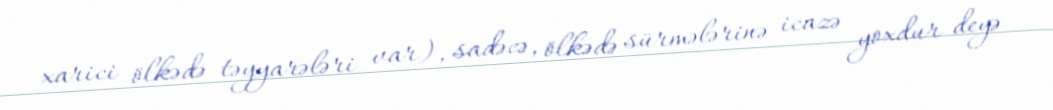
xarici ölkədə təyyarələri var), sadəcə, ölkədə sürmələrinə icazə yoxdur deyə